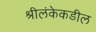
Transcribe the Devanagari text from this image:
श्रीलंकेकडील